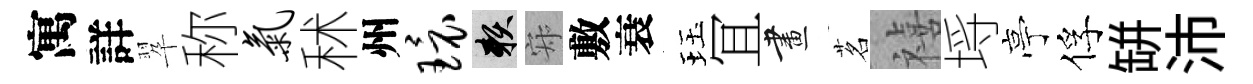
寓詳翆称气秫州环賴寂敷衰珏冝畫茗禧埓亭俘缾沛